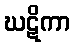
ဃဋိကာ